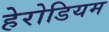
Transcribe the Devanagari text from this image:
हेरोडियम